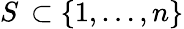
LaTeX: S\, \subset\{ 1,\ldots,n\}